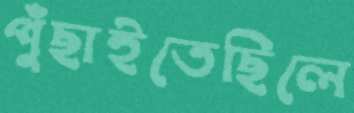
পুঁছাইতেছিলে